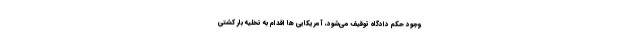
وجود حکم دادگاه توقیف می‌شود، آمریکایی ها اقدام به تخلیه بار کشتی